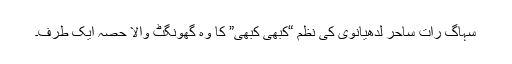
سہاگ رات ساحر لدھیانوی کی نظم “کبھی کبھی” کا وہ گھونگٹ والا حصہ ایک طرف۔